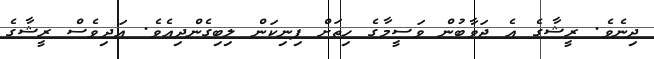
ދިނެވެ. ރީޝާގެ އެ ޖަވާބުން ވަސީމާގެ ހިތަށް ފިނިކަން ލިބިގެންދިއެވެ. އަދިވެސް ރީޝާގެ